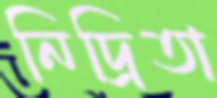
নিদ্রিতা